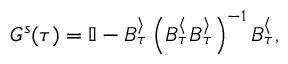
G ^ { s } ( \tau ) = \mathbb { I } - B _ { \tau } ^ { \rangle } \left( B _ { \tau } ^ { \langle } B _ { \tau } ^ { \rangle } \right) ^ { - 1 } B _ { \tau } ^ { \langle } ,